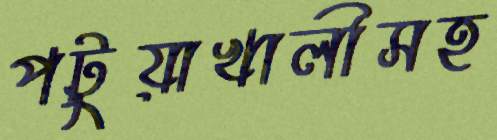
পটুয়াখালীসহ